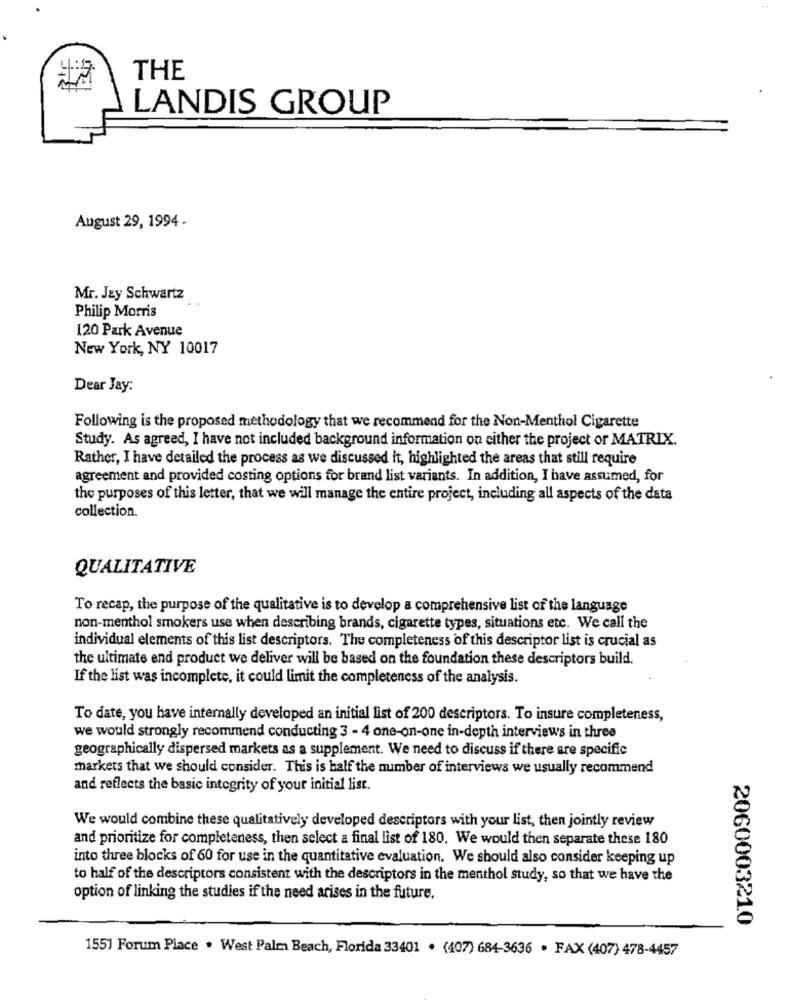
4:15
THE
LANDIS GROUP
August 29, 1994.
Mr. Jey Schwartz
Philip Morris
120 Park Avenue
New York, NY 10017
Dear Jay:
Following is the proposed methodology that we recommend for the Non-Menthol Cigarette
Study. As agreed, I have not included background information on either the project or MATRIX.
Rather, I have detailed the process as we discussed it, highlighted the areas that still require
agreement and provided costing options for brand list variants. In addition, I have assumed, for
the purposes of this letter, that we will manage the entire project, including all aspects of the data
collection.
QUALITATIVE
To recap, the purpose of the qualitative is to develop a comprehensive list of the language
non-menthol smokers use when describing brands, cigarette types, situations etc. We call the
individual elements of this list descriptors. The completeness of this descriptor list is crucial as
the ultimate end product we deliver will be based on the foundation these descriptors build.
If the list was incomplete, it could limit the completeness of the analysis.
To date, you have internally developed an initial list of 200 descriptors. To insure completeness,
we would strongly recommend conducting 3 - 4 one-on-one in-depth interviews in three
geographically dispersed markets as a supplement. We need to discuss if there are specific
markets that we should consider. This is half the number of interviews we usually recommend
and reflects the basic integrity of your initial list.
We would combine these qualitatively developed descriptors with your list, then jointly review
and prioritize for completeness, then select a final list of 180. We would then separate these 180
into three blocks of 60 for use in the quantitative evaluation. We should also consider keeping up
to half of the descriptors consistent with the descriptors in the menthol study, so that we have the
option of linking the studies if the need arises in the future.
2060003210
1551 Forum Place . West Palm Beach, Florida 33401 . (407) 684-3636 . FAX (407) 478-4457